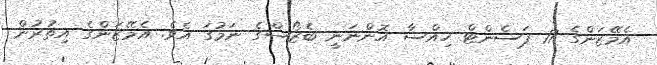
އެމޭޒަންގެ 17 ޕަސެންޓް ހިއްސާ އޮންނަނީ ބެޒޯސްގެ ނަމުގަ އެވެ. އެމޭޒަންގެ އިތުރުން